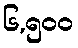
၆,၅၀၀